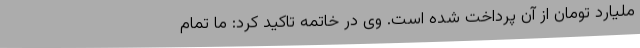
ملیارد تومان از آن پرداخت شده است. وی در خاتمه تاکید کرد: ما تمام